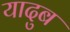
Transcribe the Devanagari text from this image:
यादुब